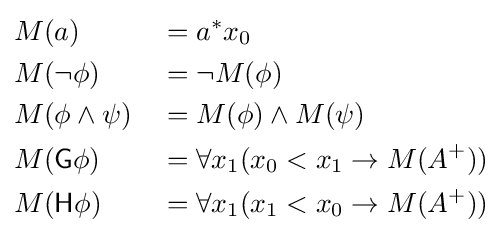
{\begin{aligned}&M(a)&&=a^{*}x_{0}\\&M(\lnot \phi )&&=\lnot M(\phi )\\&M(\phi \land \psi )&&=M(\phi )\land M(\psi )\\&M({\mathsf {G}}\phi )&&=\forall x_{1}(x_{0}<x_{1}\rightarrow M(A^{+}))\\&M({\mathsf {H}}\phi )&&=\forall x_{1}(x_{1}<x_{0}\rightarrow M(A^{+}))\end{aligned}}